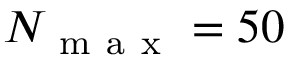
N _ { \mathrm { ~ m ~ a ~ x ~ } } = 5 0